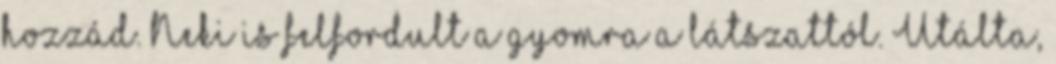
hozzád. Neki is felfordult a gyomra a látszattól. Utálta,